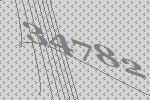
34782